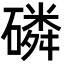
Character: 磷